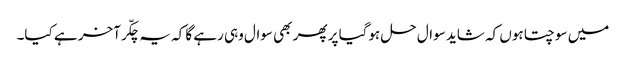
میں سوچتا ہوں کہ شاید سوال حل ہوگیا پر پھر بھی سوال وہی رہے گا کہ یہ چکّر آخر ہے کیا۔